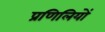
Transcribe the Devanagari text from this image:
प्रणिलियों